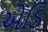
એડિ